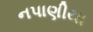
નપાણીયા